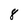
Character: 8